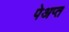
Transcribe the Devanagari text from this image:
पेअप्त